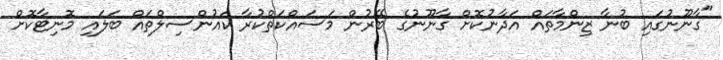
"ގާނޫނުގައި ބުނާ ޒިންމާތައް އަދާނުކޮށް ގާނޫނުގެ ބޭރުން މަސައްކަތްކުރާ ކައުންސިލްތައް ބަލައި މޮނިޓާކޮށް